Indian journal of veterinary science and animal husbandry - Volumes 22-23, 1952-1953
Year: 1952
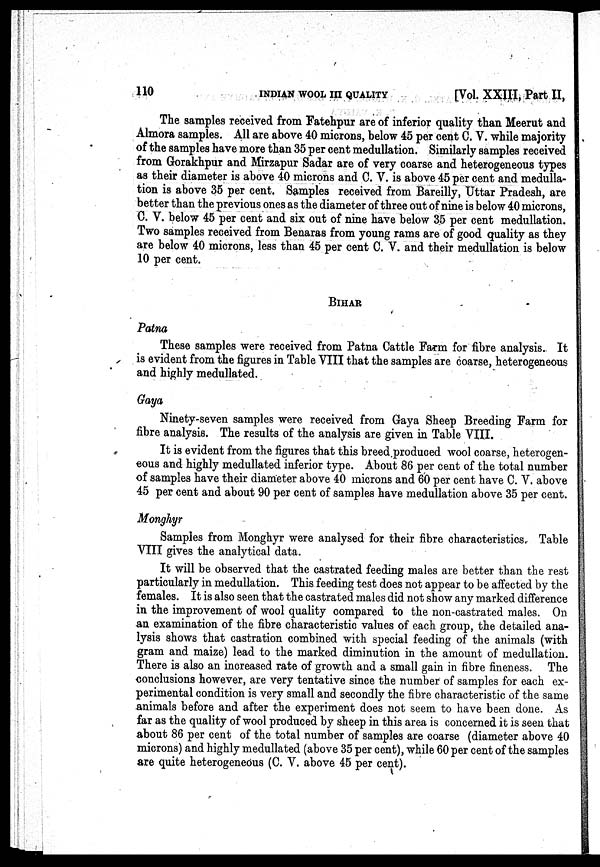
110
INDIAN
WOOL
III
QUALITY
[Vol. XXIII, Part II,
The samples received from Fatehpur are of inferior quality than Meerut and
Almora samples. All are above 40 microns, below 45 per cent C. V. while majority
of the samples have more than 35 per cent medullation. Similarly samples received
from Gorakhpur and Mirzapur Sadar are of very coarse and heterogeneous types
as their diameter is above 40 microns and C. V. is above 45 per cent and medulla-
tion is above 35 per cent. Samples received from Bareilly, Uttar Pradesh, are
better than the previous ones as the diameter of three out of nine is below 40 microns,
C. V. below 45 per cent and six out of nine have below 35 per cent medullation.
Two samples received from Benaras from young rams are of good quality as they
are below 40 microns, less than 45 per cent C. V. and their medullation is below
10 per cent.
BIHAR
Patna
These samples were received from Patna Cattle Farm for fibre analysis. It
is evident from the figures in Table VIII that the samples are coarse, heterogeneous
and highly medullated.
Gaya
Ninety-seven samples were received from Gaya Sheep Breeding Farm for
fibre analysis. The results of the analysis are given in Table VIII.
It is evident from the figures that this breed produced wool coarse, heterogen-
eous and highly medullated inferior type. About 86 per cent of the total number
of samples have their diameter above 40 microns and 60 per cent have C. V. above
45 per cent and about 90 per cent of samples have medullation above 35 per cent.
Monghyr
Samples from Monghyr were analysed for their fibre characteristics. Table
VIII gives the analytical data.
It will be observed that the castrated feeding males are better than the rest
particularly in medullation. This feeding test does not appear to be affected by the
females. It is also seen that the castrated males did not show any marked difference
in the improvement of wool quality compared to the non-castrated males. On
an examination of the fibre characteristic values of each group, the detailed ana-
lysis shows that castration combined with special feeding of the animals (with
gram and maize) lead to the marked diminution in the amount of medullation.
There is also an increased rate of growth and a small gain in fibre fineness. The
conclusions however, are very tentative since the number of samples for each ex-
perimental condition is very small and secondly the fibre characteristic of the same
animals before and after the experiment does not seem to have been done. As
far as the quality of wool produced by sheep in this area is concerned it is seen that
about 86 per cent of the total number of samples are coarse (diameter above 40
microns) and highly medullated (above 35 per cent), while 60 per cent of the samples
are quite heterogeneous (C. V. above 45 per cent).